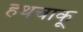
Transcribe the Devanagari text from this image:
हथचाकू